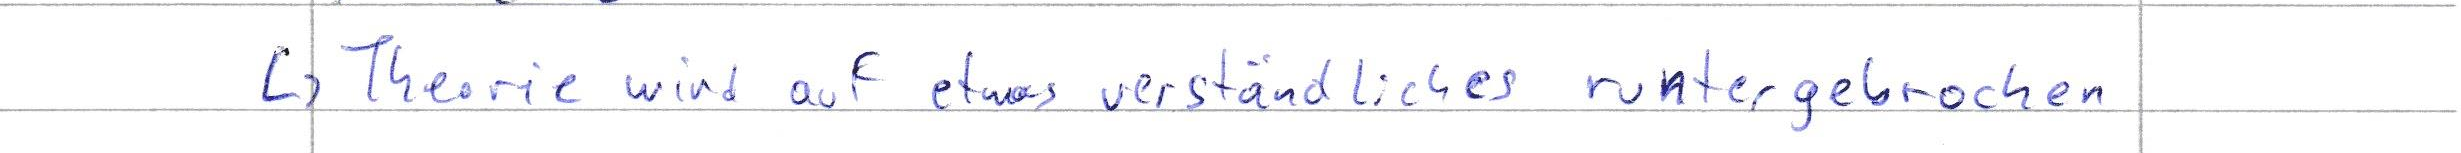
-> Theorie wird auf etwas verständliches runtergebrochen